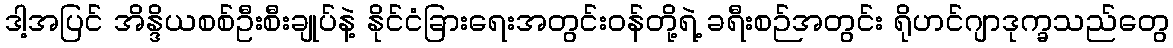
ဒါ့အပြင် အိန္ဒိယစစ်ဦးစီးချုပ်နဲ့ နိုင်ငံခြားရေးအတွင်းဝန်တို့ရဲ့ ခရီးစဉ်အတွင်း ရိုဟင်ဂျာဒုက္ခသည်တွေ